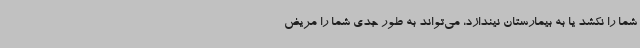
شما را نکشد یا به بیمارستان نیندازد، می‌تواند به طور جدی شما را مریض